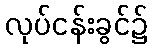
လုပ်ငန်းခွင်၌